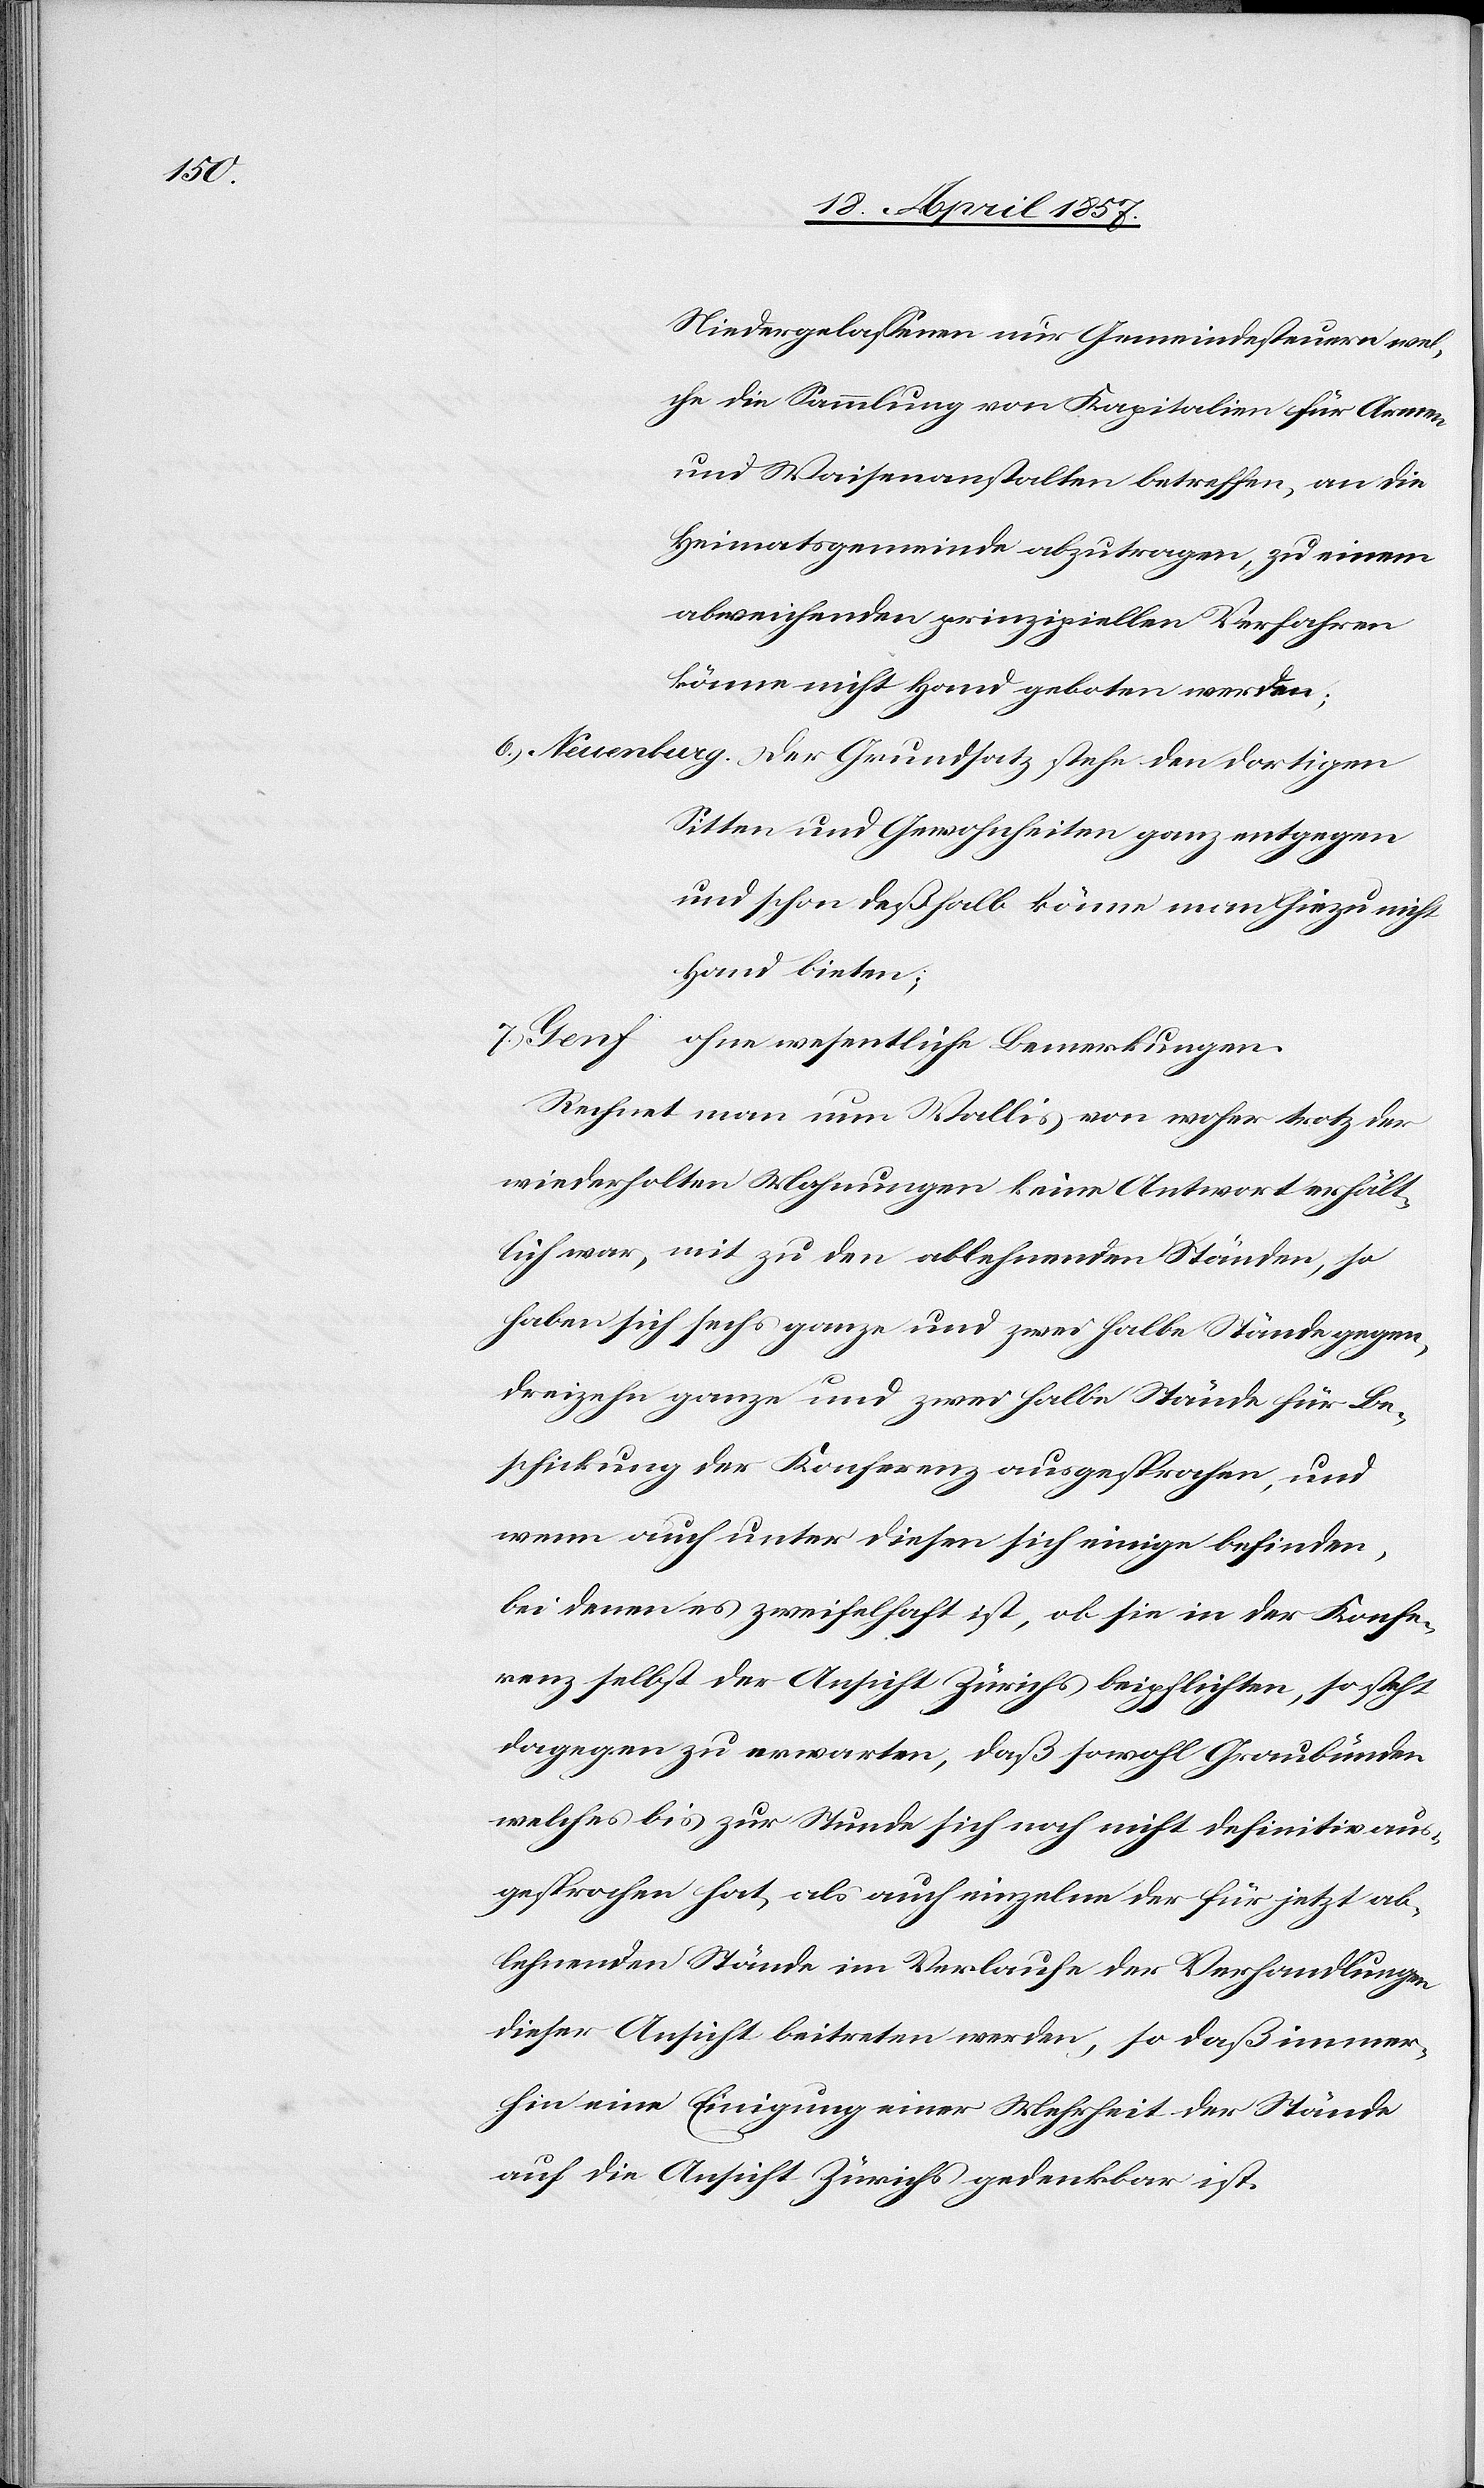
n[-]

Niedergelassenen nur Gemeindesteuern wel¬
che die Sammlung von Kapitalien für Arme¬
und Waisenanstalten betreffen, an die
Heimatsgemeinde abzutragen, zu einem
abweichenden prinzipiellen Verfahren
könne nicht Hand geboten werden;
6. Neuenburg. Der Grundsatz stehe den dortigen
Sitten und Gewohnheiten ganz entgegen
und schon deßhalb könne man hiezu nicht
Hand bieten;
7. Genf ohne wesentliche Bemerkungen.
Rechnet man nun Wallis von woher trotz der
wiederholten Mahnungen keine Antwort erhält¬
lich war, mit zu den ablehnenden Ständen, so
haben sich sechs ganze und zwei halbe Stände gegen,
dreizehn ganze und zwei halbe Stände für Be¬
schickung der Konferenz ausgesprochen, und
wenn auch unter diesen sich einige befinden,
bei denen es zweifelhaft ist, ob sie in der Konfe¬
renz selbst der Ansicht Zürichs beipflichten, so steht
dagegen zu erwarten, daß sowohl Graubünden
welches bis zur Stunde sich noch nicht definitiv aus¬
gesprochen hat, als auch einzelne der für jetzt ab¬
lehnenden Stände im Verlaufe der Verhandlungen
dieser Ansicht beitreten werden, so daß immer¬
hin eine Einigung einer Mehrheit der Stände
auf die Ansicht Zürichs gedenkbar ist.